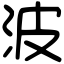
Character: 波